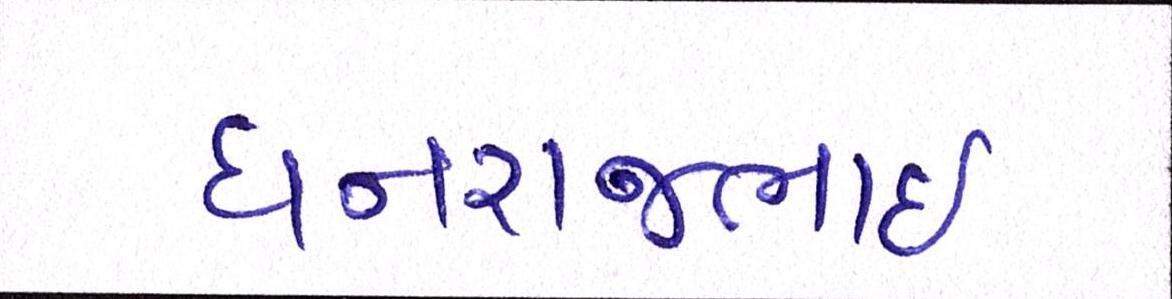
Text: ધનરાજભાઈ